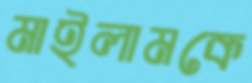
মাইলামকে